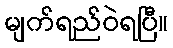
မျက်ရည်ဝဲရပြီ။